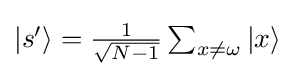
\textstyle |s'\rangle ={\frac {1}{\sqrt {N-1}}}\sum _{x\neq \omega }|x\rangle